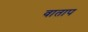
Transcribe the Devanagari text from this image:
वाताप